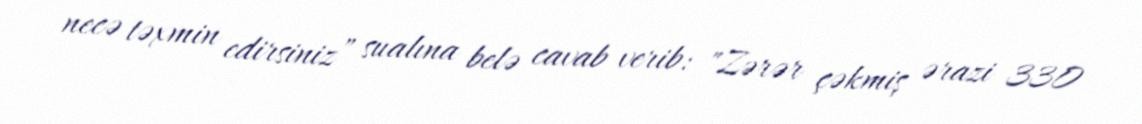
necə təxmin edirsiniz” sualına belə cavab verib: "Zərər çəkmiş ərazi 330